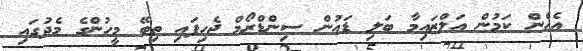
އެހެން ކަމުން އަލްޒައިމާ ބަލި ޑައުން ސިންޑްރޯމް ޖެހިފައި ތިބޭ މީހުންގެ މެދުގައި